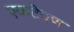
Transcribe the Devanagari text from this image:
एकटेपण